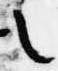
之